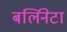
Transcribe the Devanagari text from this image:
बर्लिनेटा